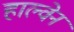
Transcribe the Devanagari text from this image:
हाल्वेन